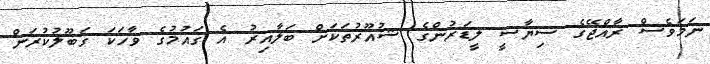
ނަމަވެސް ރާއްޖޭގެ ސިޔާސީ ލީޑަރުންގެ ޝުއޫރުތަކަށް ބަލާއިރު އެ ގައުމުގެ ވާހަކަ ގަބޫލުކުރަން